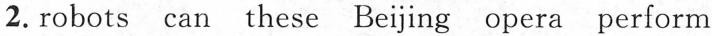
2. robots can these Beijing opera perform